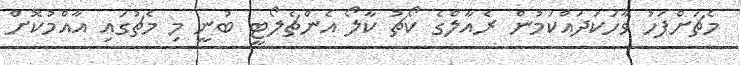
މެޗަށްފަހު ވާހަކަދައްކަމުން ރެއާލްގެ ކޯޗު ކާލޯ އެންޗެލޯޓީ ބުނީ މި މެޗުގައި އާއްމުކޮށް